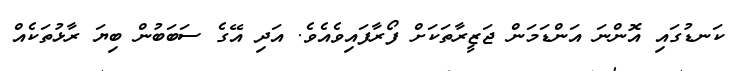
ކަނޑުގައި އޮންނަ އަންޑަމަން ޖަޒީރާތަކަށް ފޯރާފައިވެއެވެ. އަދި އޭގެ ސަބަބުން ބިޔަ ރާޅުތަކެއް